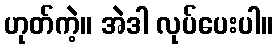
ဟုတ်ကဲ့။ အဲဒါ လုပ်ပေးပါ။